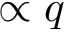
\propto q